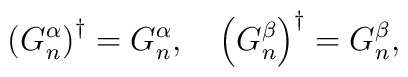
\left( G_{n}^{\alpha }\right) ^{\dagger }=G_{n}^{\alpha },\quad \left(G_{n}^{\beta }\right) ^{\dagger }=G_{n}^{\beta },